Insane asylums Bombay 1873-77 - 1873-1877
Year: 1873
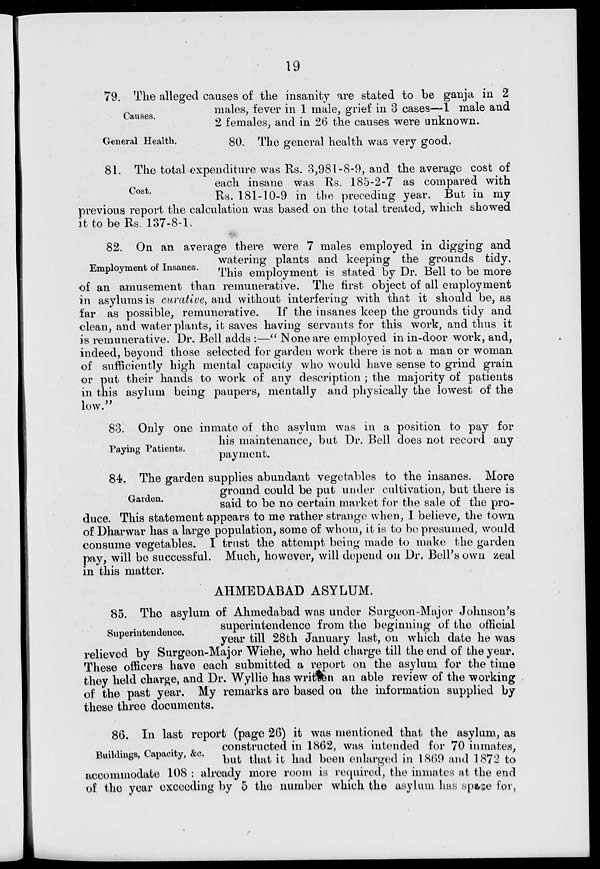
19
Causes.
79. The alleged causes of the insanity are stated to be ganja in 2
males, fever in 1 male, grief in 3 cases—1 male and
2 females, and in 26 the causes were unknown.
General Health.
80. The general health was very good.
Cost.
81. The total expenditure was Rs. 3,981-8-9, and the average cost of
each insane was Rs. 185-2-7 as compared with
Rs. 181-10-9 in the preceding year. But in my
previous report the calculation was based on the total treated, which showed
it to be Rs. 137-8-1.
Employment of Insanes.
82. On an average there were 7 males employed in digging and
watering plants and keeping the grounds tidy.
This employment is stated by Dr. Bell to be more
of an amusement than remunerative. The first object of all employment
in asylums is curative, and without interfering with that it should be, as
far as possible, remunerative. If the insanes keep the grounds tidy and
clean, and water plants, it saves having servants for this work, and thus it
is remunerative. Dr. Bell adds :—" None are employed in in-door work, and,
indeed, beyond those selected for garden work there is not a man or woman
of sufficiently high mental capacity who would have sense to grind grain
or put their hands to work of any description ; the majority of patients
in this asylum being paupers, mentally and physically the lowest of the
low."
Paying Patients.
83. Only one inmate of the asylum was in a position to pay for
his maintenance, but Dr. Bell does not record any
payment.
Garden.
84. The garden supplies abundant vegetables to the insanes. More
ground could be put under cultivation, but there is
said to be no certain market for the sale of the pro-
duce. This statement appears to me rather strange when, I believe, the town
of Dharwar has a large population, some of whom, it is to be presumed, would
consume vegetables. I trust the attempt being made to make the garden
pay, will be successful. Much, however, will depend on Dr. Bell's own zeal
in this matter.
AHMEDABAD ASYLUM.
Superintendence.
85. The asylum of Ahmedabad was under Surgeon-Major Johnson's
superintendence from the beginning of the official
year till 28th January last, on which date he was
relieved by Surgeon-Major Wiehe, who held charge till the end of the year.
These officers have each submitted a report on the asylum for the time
they held charge, and Dr. Wyllie has written an able review of the working
of the past year. My remarks are based on the information supplied by
these three documents.
Buildings, Capacity, &c.
86. In last report (page 26) it was mentioned that the asylum, as
constructed in 1862, was intended for 70 inmates,
but that it had been enlarged in 1869 and 1872 to
accommodate 108 : already more room is required, the inmates at the end
of the year exceeding by 5 the number which the asylum has space for,